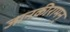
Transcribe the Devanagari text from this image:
जानकीरामन्